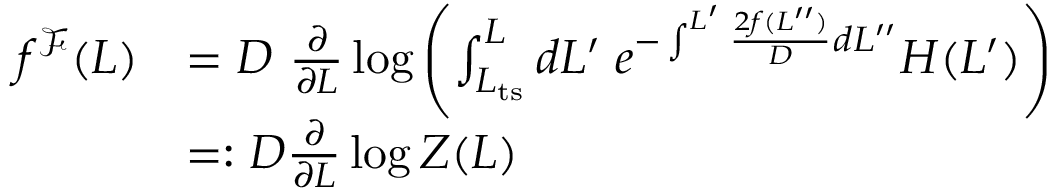
\begin{array} { r l } { f ^ { \mathcal { F } } ( L ) } & { = D \ \frac { \partial } { \partial L } \log \left( \int _ { L _ { \mathrm { t s } } } ^ { L } d L ^ { \prime } \; e ^ { - \int ^ { L ^ { \prime } } \frac { 2 f ( L ^ { \prime \prime } ) } { D } d L ^ { \prime \prime } } H ( L ^ { \prime } ) \right) } \\ & { = : D \frac { \partial } { \partial L } \log Z ( L ) } \end{array}